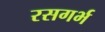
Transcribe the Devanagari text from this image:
रसगर्भ